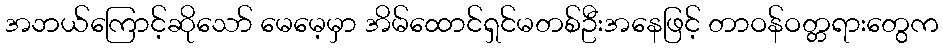
အဘယ်ကြောင့်ဆိုသော် မေမေ့မှာ အိမ်ထောင်ရှင်မတစ်ဦးအနေဖြင့် တာဝန်ဝတ္တရားတွေက